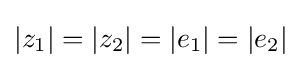
\left|z_{1}\right|=\left|z_{2}\right|=\left|e_{1}\right|=\left|e_{2}\right|